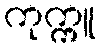
ကုက္ကူ